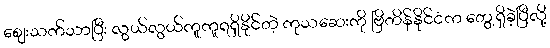
ဈေးသက်သာပြီး လွယ်လွယ်ကူကူရရှိနိုင်တဲ့ ကုသဆေးကို ဗြိတိန်နိုင်ငံက တွေ့ရှိခဲ့ပြီလို့